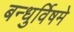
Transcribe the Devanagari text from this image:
बन्धुर्विषमे